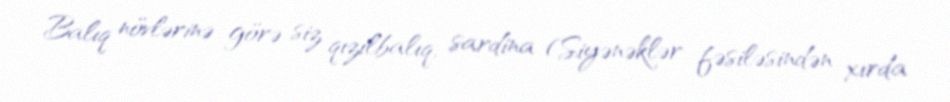
Balıq növlərinə görə siz qızılbalıq, sardina (Siyənəklər fəsiləsindən xırda